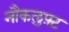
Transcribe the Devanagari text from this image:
नौकलुफ़्ट